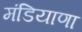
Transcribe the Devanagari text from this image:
मंडियाणा